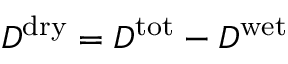
D ^ { \mathrm { d r y } } = D ^ { \mathrm { t o t } } - D ^ { \mathrm { w e t } }